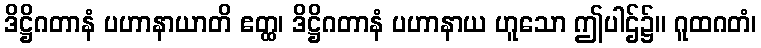
ဒိဋ္ဌိဂတာနံ ပဟာနာယာတိ ဧတ္ထ၊ ဒိဋ္ဌိဂတာနံ ပဟာနာယ ဟူသော ဤပါဌ်၌။ ဂူထဂတံ၊